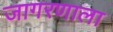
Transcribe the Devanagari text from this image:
जागरणाला